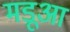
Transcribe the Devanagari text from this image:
मड़ूआ